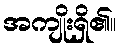
အကျိုးရှိ၏။